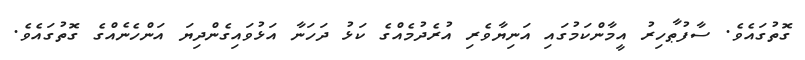
ގޮތުގައެވެ. ސާފުޠާހިރު އީމާންކަމުގައި އަނިޔާވެރި އުރެދުމެއްގެ ކަޅު ދަހަނާ އަޅުވައިގެންދިޔަ އަންހެނެއްގެ ގޮތުގައެވެ.